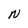
Character: N